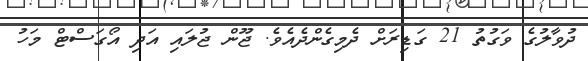
ދުވާލުގެ ވަގުތު 21 ގަޑިިރަށް ދެމިގެންދެއެވެ. ޖޫން ޖުލައި އަދި އޯގަސްޓް މަހު